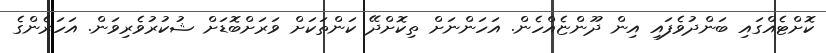
ކޮށްޓެއްގައި ބަންދުވެފައި އިން ދޫންޏެއްހެން. އަހަންނަށް ތިކޮށްދޭ ކަންތަކަށް ވަރަށްބޮޑަށް ޝުކުރުވެރިވަން. އަހަރެންގެ